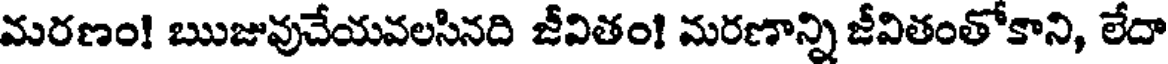
మరణం! ఋజువుచేయవలసినది జీవితం! మరణాన్ని జీవితంతోకాని, లేదా